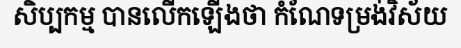
សិប្បកម្ម បានលើកឡើងថា កំណែទម្រង់វិស័យ